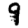
Digit: 9